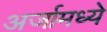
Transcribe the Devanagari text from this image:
अर्जामध्ये